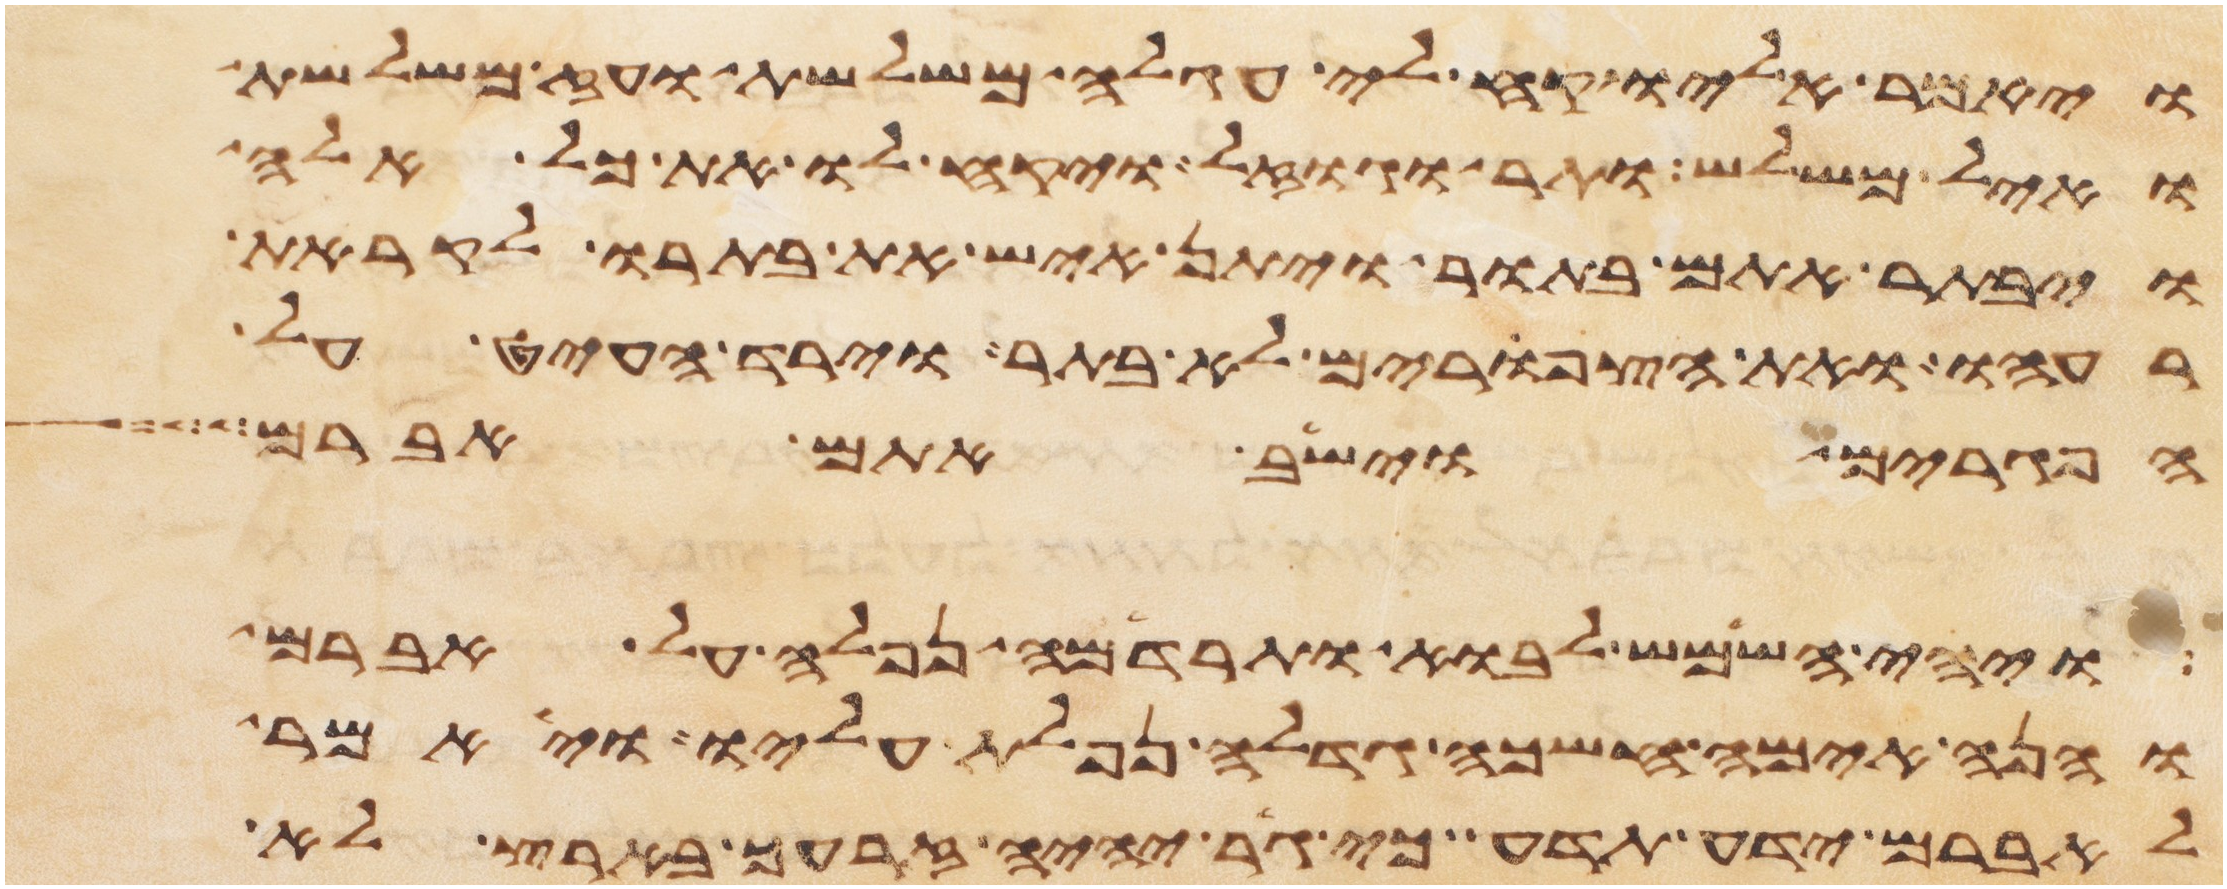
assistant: ויאמר אליו קח לי עגלה משלשת ועז משלשת
ואיל משלש ותר וגוזל ויקח לו את כל אלה
ויבתר אתם בתור ויתן איש את בתרו לקראת
רעהו ואת הצפורים לא בתר וירד העיט על
הפגרים וישב אתם אברם
ויהי השמש לבוא ותרדמה נפלה על אברם
והנה אימה חשכה גדלה נפלת עליו ויאמר
לאברם ידע תדע כי גר יהיה זרעך בארץ לא